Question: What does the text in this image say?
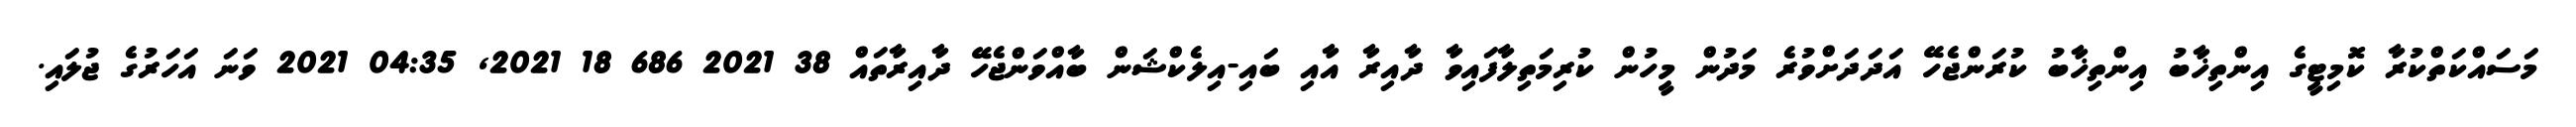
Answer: މަސައްކަތްކުރާ ކޮމިޓީގެ އިންތިޚާބު އިންތިޚާބު ކުރަންޖެހޭ އަދަދަށްވުރެ މަދުން މީހުން ކުރިމަތިލާފައިވާ ދާއިރާ އާއި ބައި-އިލެކްޝަން ބާއްވަންޖެހޭ ދާއިރާތައް 38 2021 686 18 2021, 04:35 2021 ވަނަ އަހަރުގެ ޖުލައި.